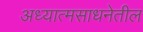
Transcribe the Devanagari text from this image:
अध्यात्मसाधनेतील